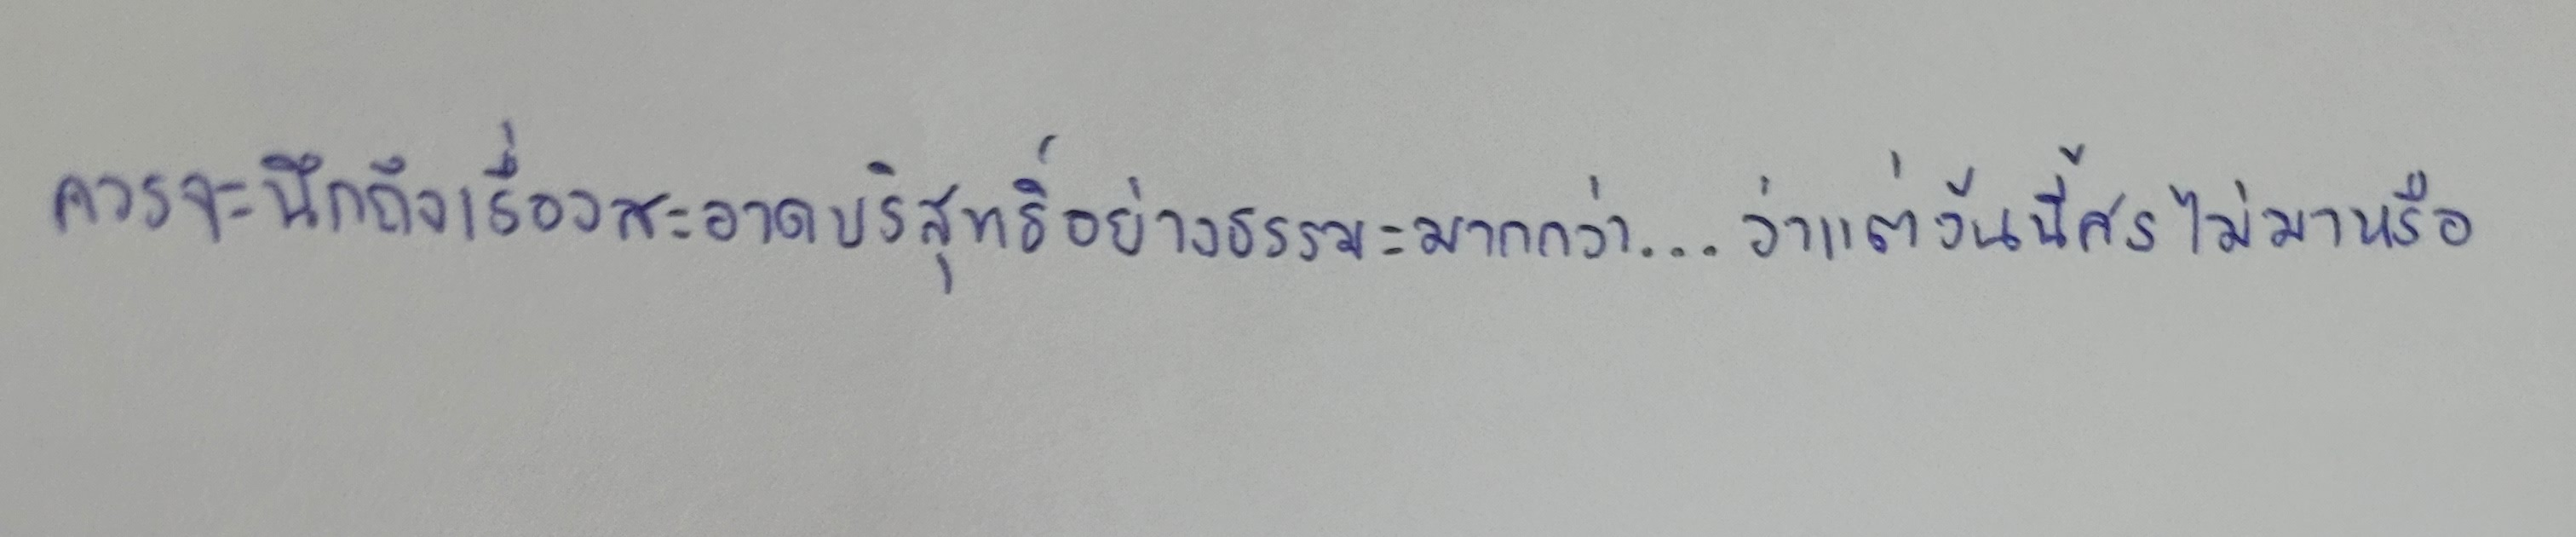
ควรจะนึกถึงเรื่องสะอาดบริสุทธิ์อย่างธรรมะมากกว่า...ว่าแต่วันนี้ศรไม่มาหรือ